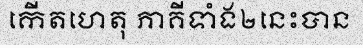
កើតហេតុ ភាគីទាំង២នេះបាន